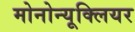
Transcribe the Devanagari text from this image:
मोनोन्यूक्लियर